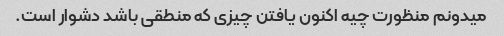
میدونم منظورت چیه اکنون یافتن چیزی که منطقی باشد دشوار است.